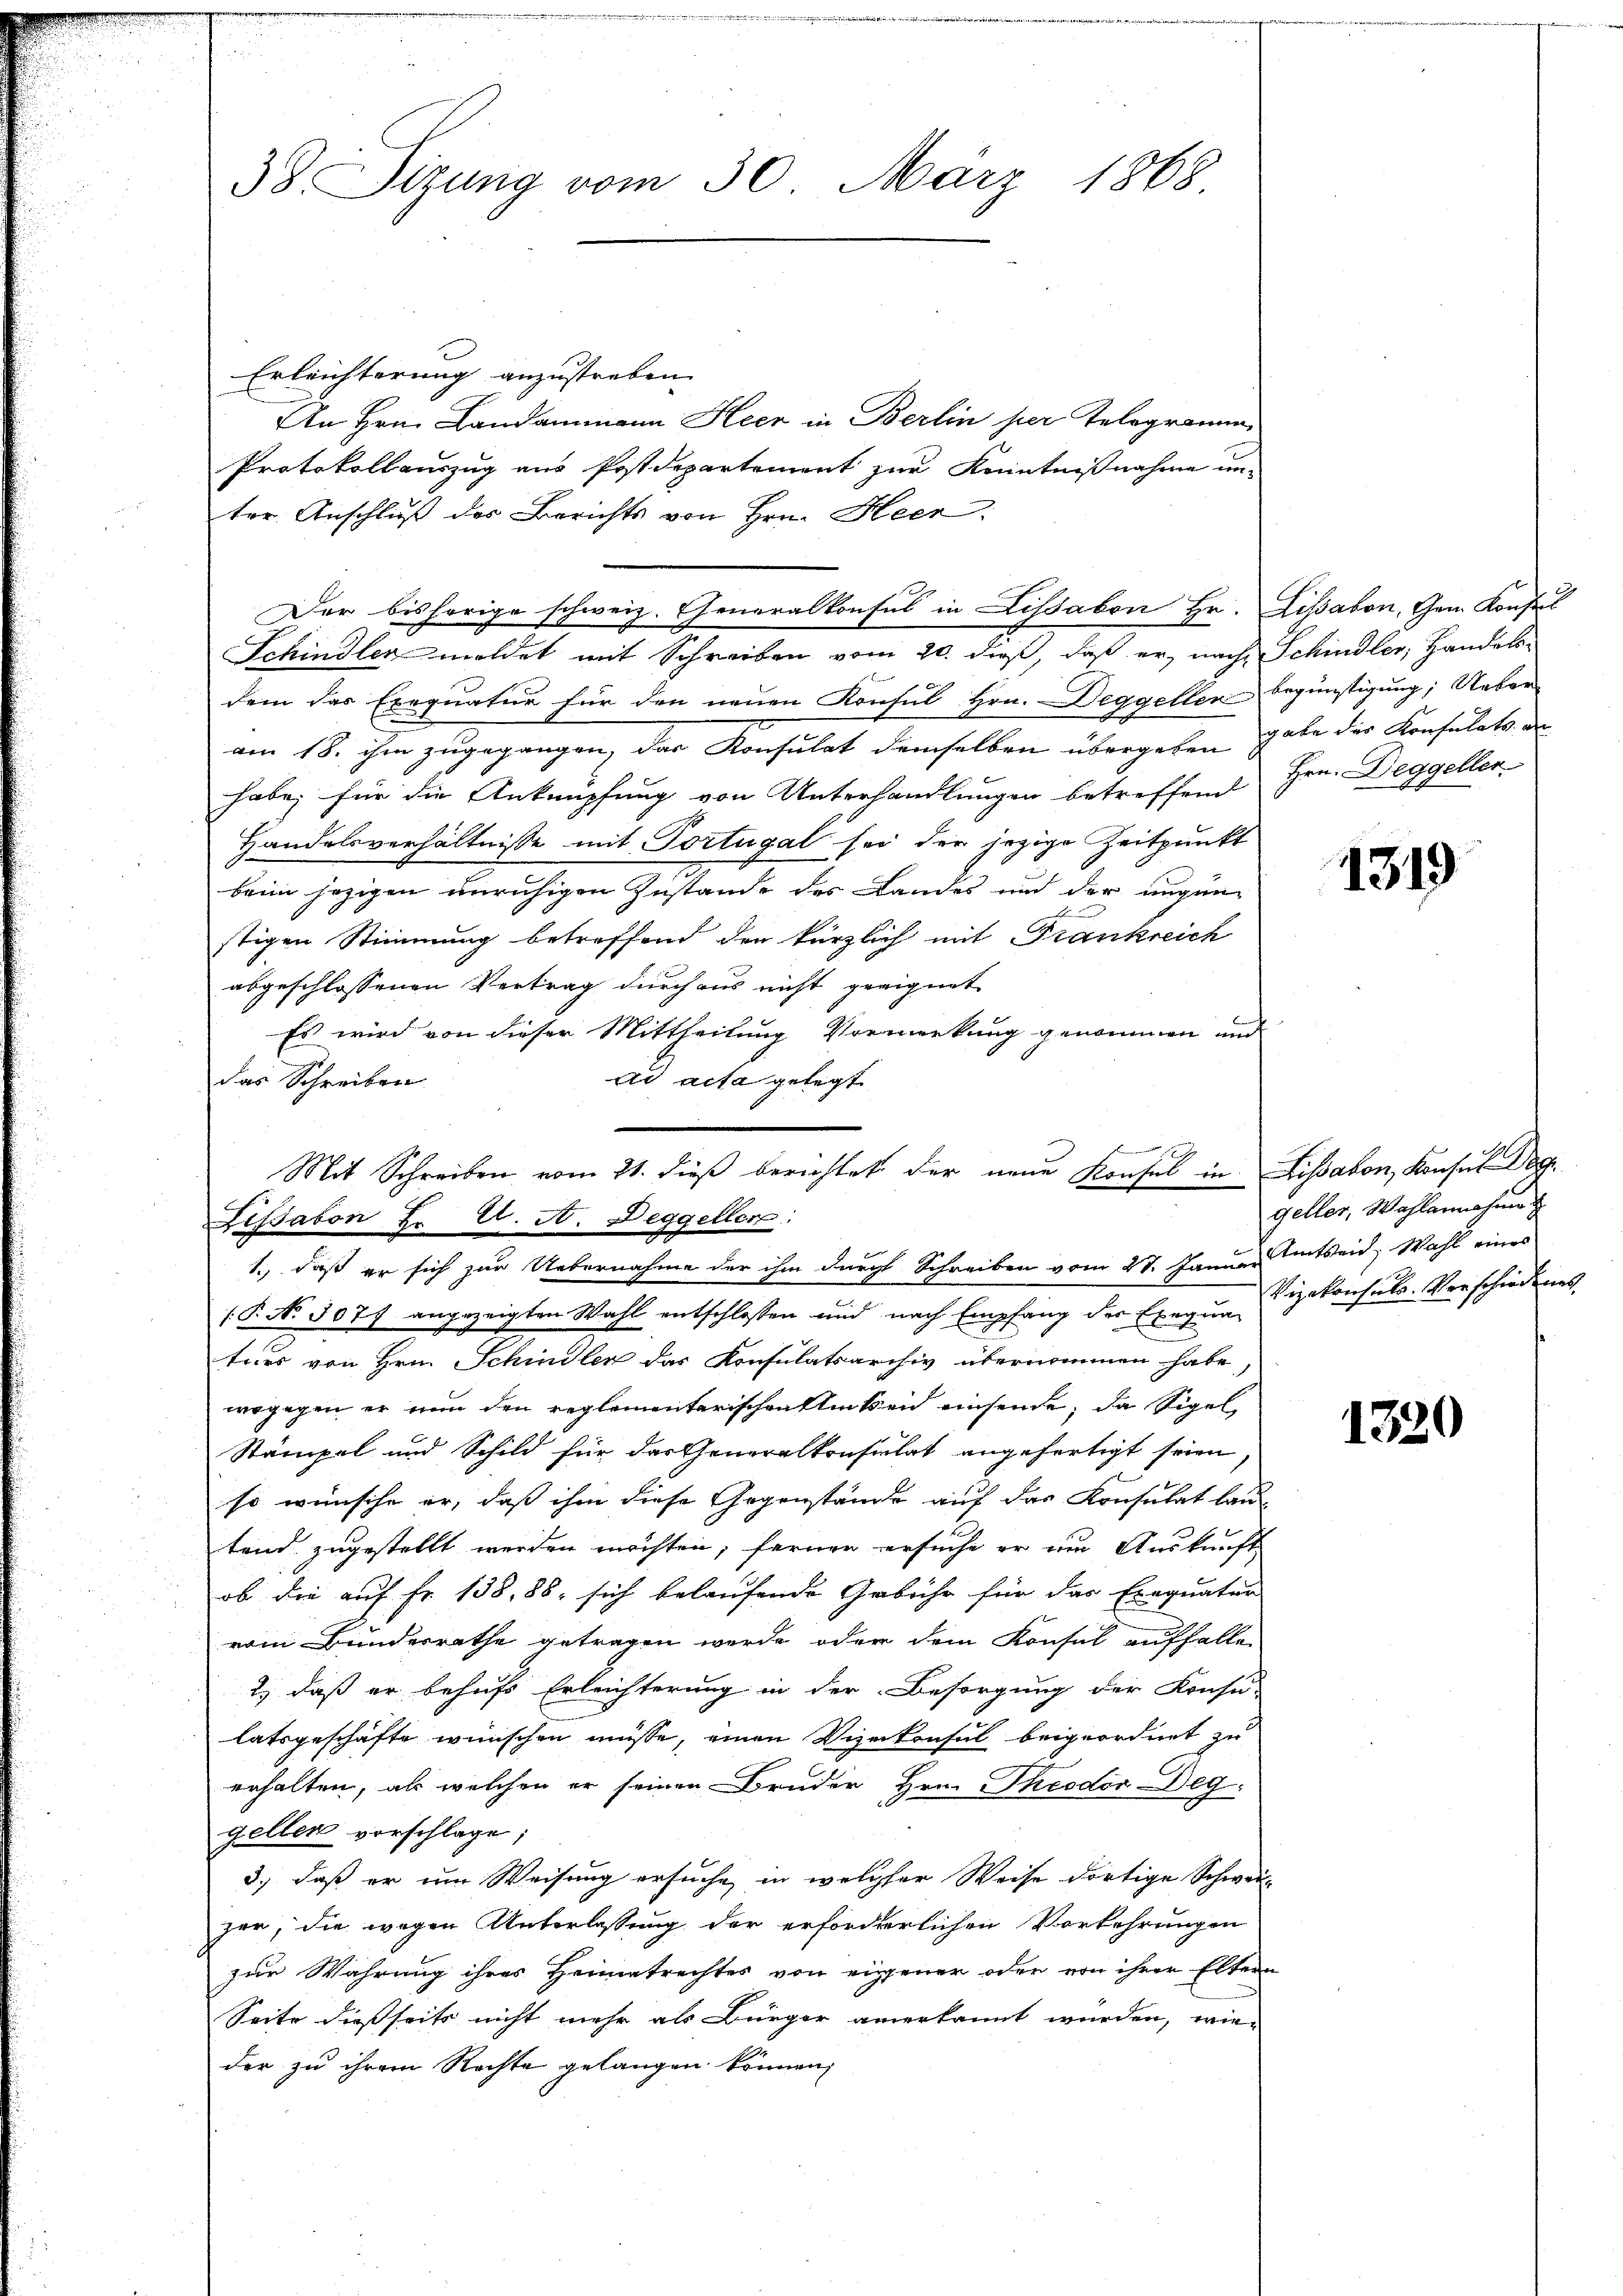
38. Sizung vom 30. März 1868.

Erleichterung anzustreben.
An Hrn. Landammann Heer in Berlin per Telegramm¬
Protokollauszug aus Postdepartement zur Kenntnißnahme un-
dem das Exequatur für den neuen Konsul Hrn. Deggeller begünstigung; Ueber-
am 18. ihm zugegangen, das Konsulat demselben übergeben gabe der Konsulats an
habe; für die Anknüpfung von Unterhandlungen betreffend
Handelsverhältnisse mit Portugal sei der jezige Zeitpunkt
beim jezigen unruhigen Zustande des Landes und der augen-
stigen Stimmung betreffend den kürzlich mit Frankreich
abgeschlossenen Vertrag durchaus nicht geeignet
Es wird von dieser Mittheilung Vormerkung genommen und
ad acta gelegt
das Schreiben
Lissabon Xr U. A. Deggellen:
1., daß er sich zur Uebernahme der ihm durchl Schreiben vom 27. Januar Amtseid, Wahl eines
( P. No. 5071 angezeigten Wahl entschlossen und nach Empfang der Exegum Vizekonsuls. Verschiedenes
ters von Hrn. Schindler das Konsulatsarchiv übernommen habe
wogegen er nun den reglementarischen Kinken einsende, da Sigel
Stämpel und Schild für das Generalkonsulat angefertigt seien,
so wünsche er, daß ihm diese Gegenstände auf der Konsulat lautend zugestellt werden möchten; fernen ersuche er um Auskunft
ob die auf Fr. 138, 88, sich belaufende Gebühr für das Exequatur
vom Bundesrathe getragen werde, oder dem Konsul auffallen
2) daß er behufs Erleichterung in der Besorgung der Konsu-
latsgeschäfte wünschen müsse, einen Vizekonsul beigeordnet zu
erhalten, als welchen er seinen Bruder Hrn. Theodor Deg
gellen vorschlage;
3., daß er um Weisung ersuche, in welcher Weise dortige Schwei-
zer, die wegen Unterlassung der erforderlichen Vorkehrungen
zur Wahrung ihres Heimatrechtes von eigener oder von ihrer Eltern
Seite dießseits nicht mehr als Bürger anerkannt würden, wie
der zu ihrem Rechte gelangen können,

ter Anschluß des Berichts von Hrn. Heer
Der bisherige schweiz. Generalkonsul in Lissabon Hr. Lissabon, Gem. Konsul
Schindler meldet mit Schreiben vom 20. dieß, daß er nach Schindler, Handels-

Mit Schreiben vom 21. dieβ berichtet der neue Konsul in Lissabon, Konsul Dog

Hrn. Deggeller

1319

geller, Wahlannahme

1320